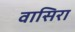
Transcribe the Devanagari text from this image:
वासिरा